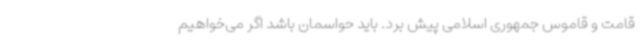
قامت و قاموس جمهوری اسلامی پیش برد. باید حواسمان باشد اگر می‌خواهیم